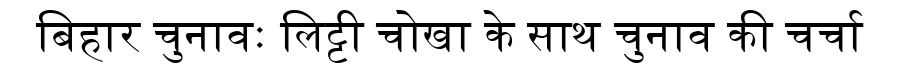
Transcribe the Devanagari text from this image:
बिहार चुनावः लिट्टी चोखा के साथ चुनाव की चर्चा